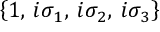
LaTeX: \left\{ 1 , \: i \sigma _ { 1 } , \: i \sigma _ { 2 } , \: i \sigma _ { 3 } \right\}